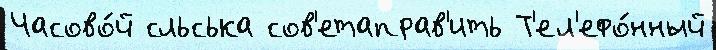
Часово́й сльська сов'етаправ'ить Т'ел'ефо́нный